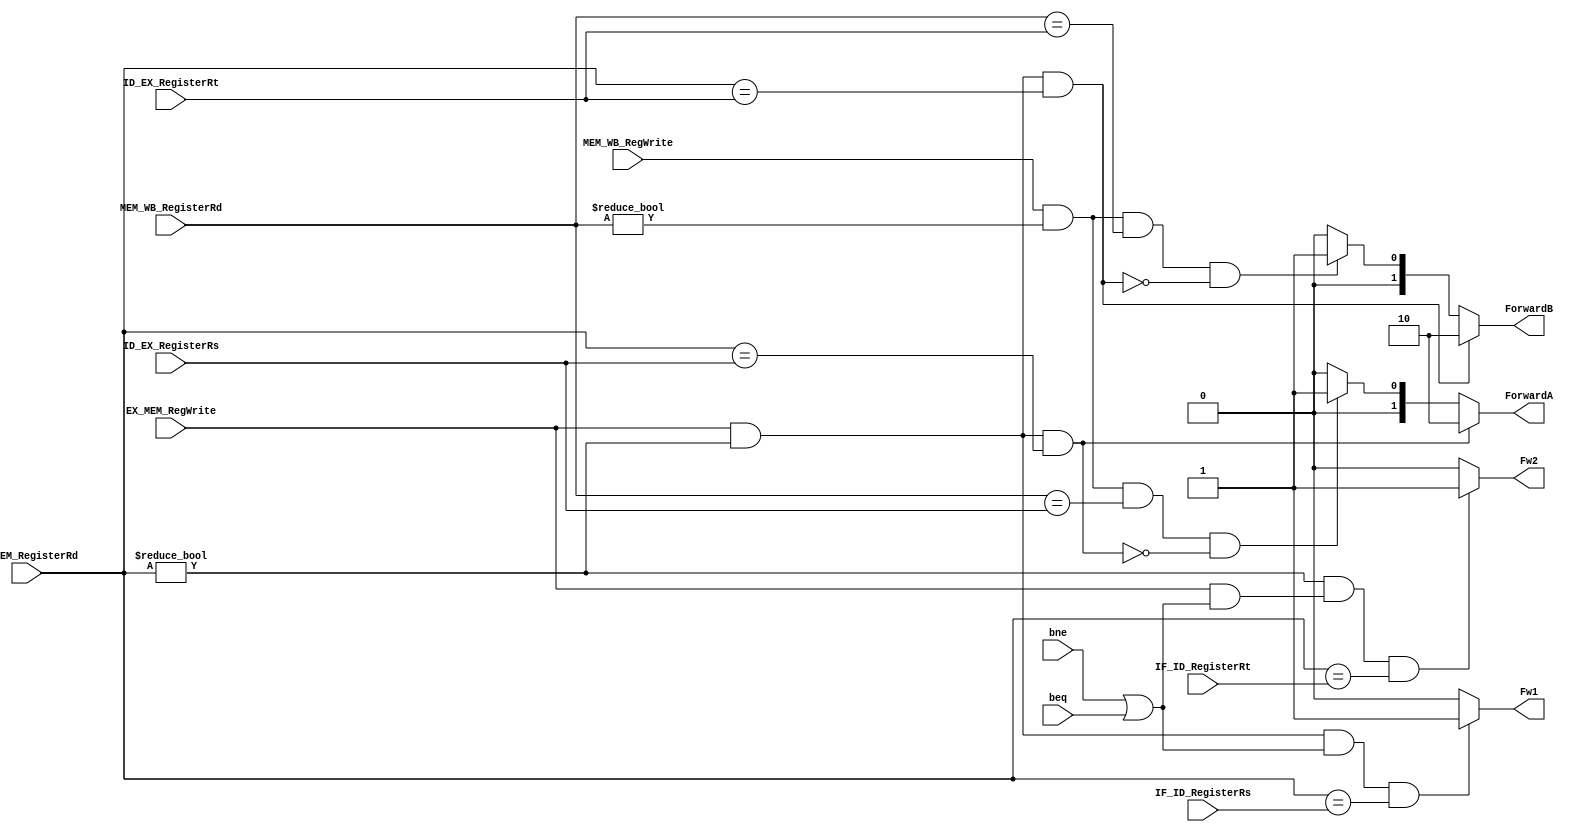
`timescale 1ns / 1ps
//////////////////////////////////////////////////////////////////////////////////
// Company: 
// Engineer: 
// 
// Design Name: 
// Module Name: Forwarding
// Project Name: 
// Target Devices: 
// Tool Versions: 
// Description: 
// 
// Dependencies: 
// 
// Revision:
// Revision 0.01 - File Created
// Additional Comments:
// 
//////////////////////////////////////////////////////////////////////////////////


module Forwarding(input  MEM_WB_RegWrite ,EX_MEM_RegWrite,bne,beq,

                  input [4:0] MEM_WB_RegisterRd,ID_EX_RegisterRs
                             ,EX_MEM_RegisterRd,ID_EX_RegisterRt
                             ,IF_ID_RegisterRs,IF_ID_RegisterRt,
                 output reg [1:0] ForwardA,ForwardB,
                 output reg  Fw1,Fw2
                 );
                 
               initial begin 
               ForwardA=2'b00;
               ForwardB=2'b00;
               Fw1=1'b0;
               Fw2=1'b0;
               end  
               
                 always @(*)
                 begin
                 if(((EX_MEM_RegWrite) && (EX_MEM_RegisterRd!=5'b0))
                  && (EX_MEM_RegisterRd==ID_EX_RegisterRs)) ForwardA= 2'b10;
                 else if((((MEM_WB_RegWrite) && (MEM_WB_RegisterRd!=5'b0))
                  && (MEM_WB_RegisterRd==ID_EX_RegisterRs))&& (!(((EX_MEM_RegWrite)
                  && (EX_MEM_RegisterRd!=5'b0))&& (EX_MEM_RegisterRd==ID_EX_RegisterRs)))) 
                 ForwardA= 2'b01;
                 else ForwardA<= 2'b00;
                 end
                 
                 always @(*)
                 begin
                 if(((EX_MEM_RegWrite) && (EX_MEM_RegisterRd!=5'b0))
                 && (EX_MEM_RegisterRd==ID_EX_RegisterRt)) ForwardB= 2'b10;
                 else if((((MEM_WB_RegWrite) && (MEM_WB_RegisterRd!=5'b0))
                 && (MEM_WB_RegisterRd==ID_EX_RegisterRt)) && (!(((EX_MEM_RegWrite) 
                 && (EX_MEM_RegisterRd!=5'b0))
                 && (EX_MEM_RegisterRd==ID_EX_RegisterRt))))
                 ForwardB= 2'b01;
                 else ForwardB<= 2'b00;
                 end
                 
                  always @(*)
                  begin  
                  if(EX_MEM_RegisterRd!=5'b0 && EX_MEM_RegWrite &&(bne|| beq)
                  && (EX_MEM_RegisterRd==IF_ID_RegisterRs)) Fw1= 1'b1;
                  else Fw1=1'b0;
                  end 
                  
                   always @(*)
                   begin  
                   if(EX_MEM_RegisterRd!=5'b0 && EX_MEM_RegWrite &(bne||beq)
                   && (EX_MEM_RegisterRd==IF_ID_RegisterRt)) Fw2= 1'b1;
                   else Fw2=1'b0;
                   end 
                 
               
endmodule